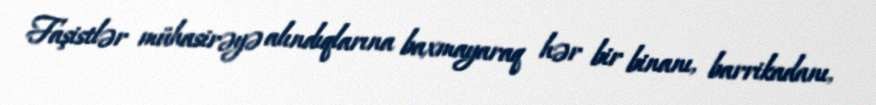
Faşistlər mühasirəyə alındıqlarına baxmayaraq hər bir binanı, barrikadanı,